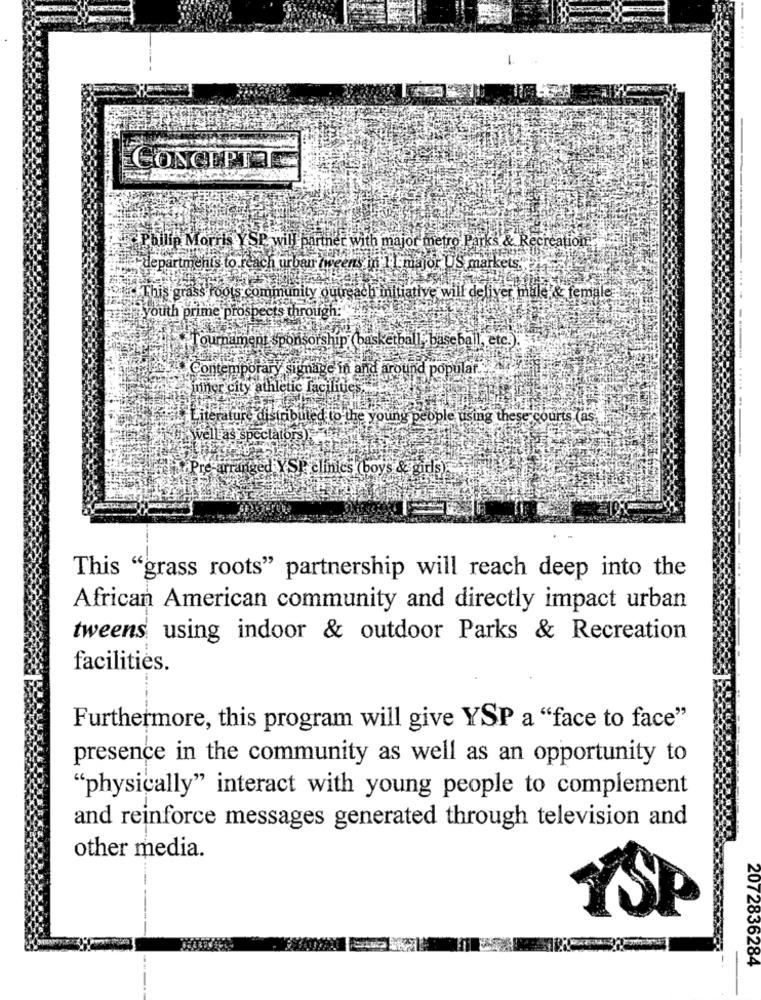
CONCEPTAT
Philip Morris YSP will parmer with major metro Parks & Recreation
departments to reach urban tweens in
I.major US markets."i
iative will deliver male & female
This grass roots community
2043 youth prime prospects through:
Tournament
ip (basketball,baseball, ete!).
Contemporary Signage in and around popular ..
...
miner city athletic facil
Literature distributed to the young people using these courts (as
well as spectator
Presaranged YSP clinics (boys & girls).
This "grass roots" partnership will reach deep into the
African American community and directly impact urban
tweens using indoor & outdoor Parks & Recreation
facilities.
Furthermore, this program will give YSP a "face to face"
presence in the community as well as an opportunity to
"physically" interact with young people to complement
and reinforce messages generated through television and
other media.
2072836284